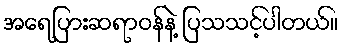
အရေပြားဆရာဝန်နဲ့ ပြသသင့်ပါတယ်။